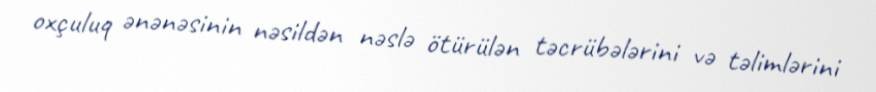
oxçuluq ənənəsinin nəsildən nəslə ötürülən təcrübələrini və təlimlərini